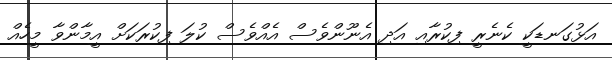
އަޅުގަނޑަކީ ކެނެރީ ފިކުރާއި އަދި އެނޫންވެސް އެއްވެސް ކުލަ ފިކުރަކަށް އީމާންވާ މީހެއް